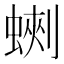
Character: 𧎈